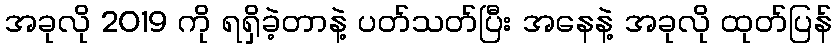
အခုလို 2019 ကို ရရှိခဲ့တာနဲ့ ပတ်သတ်ပြီး အနေနဲ့ အခုလို ထုတ်ပြန်